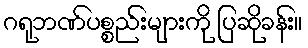
ဂရုဘဏ်ပစ္စည်းများကို ပြဆိုခန်း။